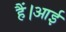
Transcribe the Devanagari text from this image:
हैं।आई